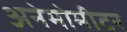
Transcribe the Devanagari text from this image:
अनेमोमीटर